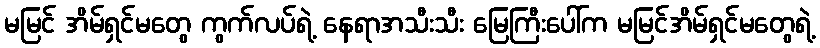
မမြင် အိမ်ရှင်မတွေ ကွက်လပ်ရဲ့ နေရာအသီးသီး မြေကြီးပေါ်က မမြင်အိမ်ရှင်မတွေရဲ့